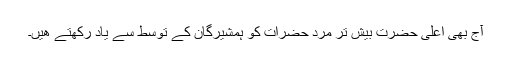
آج بھی اعلیٰ حضرت بیش تر مرد حضرات کو ہمشیرگان کے توسط سے یاد رکھتے ھیں۔